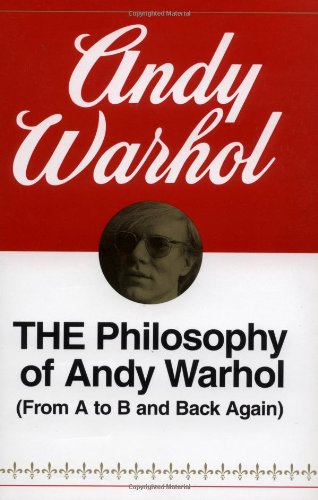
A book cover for The Philosophy of Andy Warhol (From A to B and Back Again); Andy Warhol; Biographies & Memoirs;